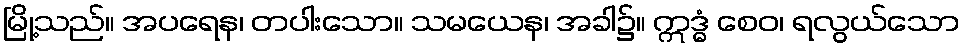
မြို့သည်။ အပရေန၊ တပါးသော။ သမယေန၊ အခါ၌။ ဣဒ္ဓံ စေဝ၊ ရလွယ်သော